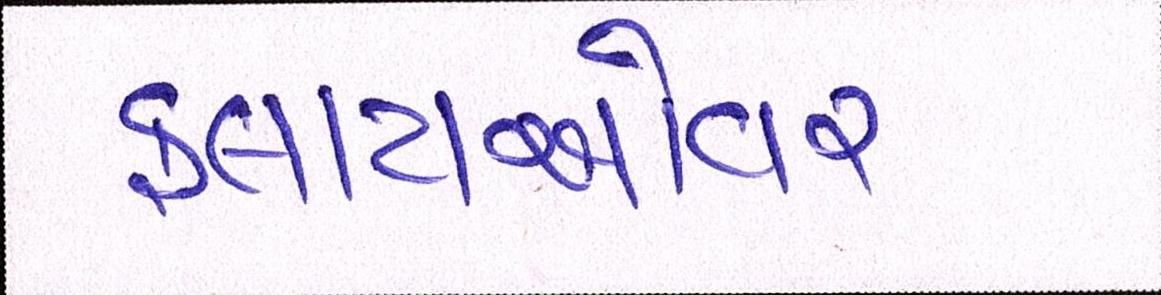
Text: ફ્લાયઓવર